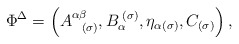
\begin{align*}\Phi ^{\Delta }=\left( A_{\;\;\;(\sigma )}^{\alpha \beta },B_{\alpha}^{\;(\sigma )},\eta _{\alpha (\sigma )},C_{(\sigma )}\right) ,\end{align*}